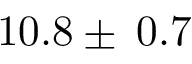
1 0 . 8 \pm \: 0 . 7